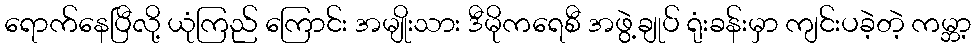
ရောက်နေပြီလို့ ယုံကြည် ကြောင်း အမျိုးသား ဒီမိုကရေစီ အဖွဲ့ချုပ် ရုံးခန်းမှာ ကျင်းပခဲ့တဲ့ ကမ္ဘာ့